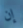
إن